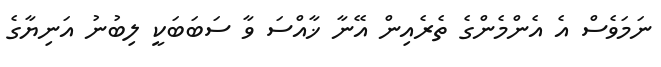
ނަމަވެސް އެ އެންމެންގެ ތެރެއިން އޭނާ ޚާއްސަ ވާ ސަބަބަކީ ލިބުނު އަނިޔާގެ